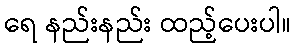
ရေ နည်းနည်း ထည့်ပေးပါ။